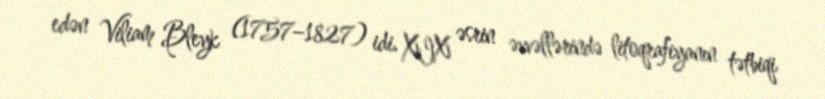
edən Viliam Bleyk (1757–1827) idi. XIX əsrin əvvəllərində litoqrafiyanın tətbiqi